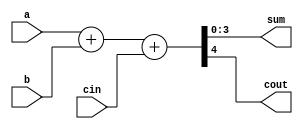
module adder4(a,b,cin,sum,cout);

input [3:0] a,b;
input cin;
output [3:0] sum;
output cout;

assign {cout,sum}=a+b+cin;

endmodule